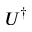
U ^ { \dagger }